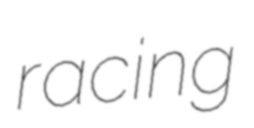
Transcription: racing